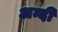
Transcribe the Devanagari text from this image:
अन्दी